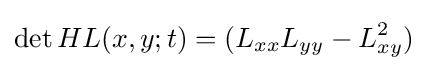
\operatorname {det} HL(x,y;t)=(L_{xx}L_{yy}-L_{xy}^{2})